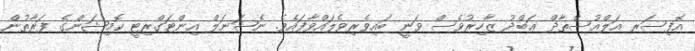
އޮފިސަރ އަލްއުސްތާޛް ޢަބްދު ޒާހިރުވެސް ވަނީ ބައިވެރިވެލައްވާފައެވެ. ނެޝަނަލް އިންޓަގްރިޓީ ކޮމިޝަންގެ ފަރާތުން